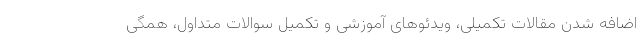
اضافه شدن مقالات تکمیلی، ویدئوهای آموزشی و تکمیل سوالات متداول، همگی